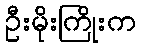
ဦးမိုးကြိုးက